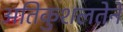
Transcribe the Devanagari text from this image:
अतिकुशलतेने